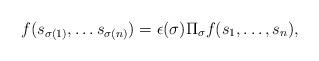
LaTeX: \begin{align*} f(s_{\sigma(1)},\ldots s_{\sigma(n)})=\epsilon(\sigma) \Pi_\sigma f(s_1,\ldots,s_n),\end{align*}